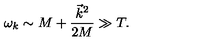
\omega _ { k } \sim M + \frac { \vec { k } ^ { 2 } } { 2 M } \gg T .